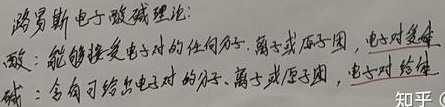
路易斯电子酸碱理论：酸：能够接受电子对的任何分子、离子或原子团，电子对受体。碱：含有可给出电子对的分子、离子或原子团，电子对给体。